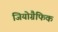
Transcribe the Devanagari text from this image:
जियोग्रैफिक